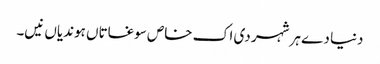
دنیا دے ہر شہر دی اک خاص سوغاتاں ہوندیاں نیں۔